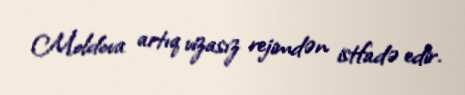
Moldova artıq vizasız rejimdən istfadə edir.